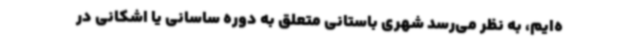
ه‌ایم، به نظر می‌رسد شهری باستانی متعلق به دوره ساسانی یا اشکانی در